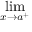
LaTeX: \operatorname* { l i m } _ { x \to a ^ { + } }